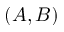
( A , B )